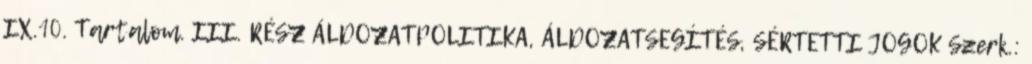
IX.10. Tartalom. III. RÉSZ ÁLDOZATPOLITIKA, ÁLDOZATSEGÍTÉS, SÉRTETTI JOGOK Szerk.: